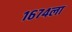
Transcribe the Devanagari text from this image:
१६७४ला